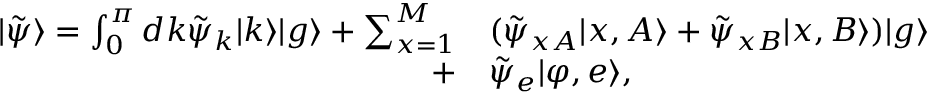
\begin{array} { r l } { | \tilde { \psi } \rangle = \int _ { 0 } ^ { \pi } d k \tilde { \psi } _ { k } | k \rangle | g \rangle + \sum _ { x = 1 } ^ { M } } & { { } ( \tilde { \psi } _ { x A } | x , A \rangle + \tilde { \psi } _ { x B } | x , B \rangle ) | g \rangle } \\ { + } & { { } \tilde { \psi } _ { e } | \varphi , e \rangle , } \end{array}